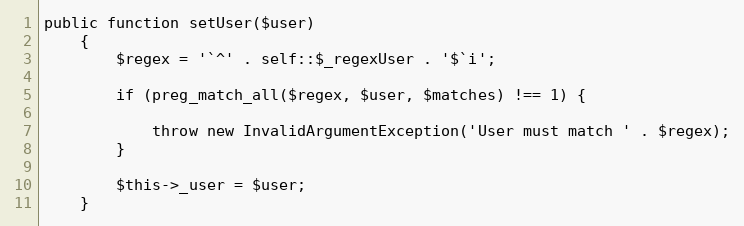
Language: PHP
public function setUser($user)
    {
        $regex = '`^' . self::$_regexUser . '$`i';

        if (preg_match_all($regex, $user, $matches) !== 1) {

            throw new InvalidArgumentException('User must match ' . $regex);
        }

        $this->_user = $user;
    }